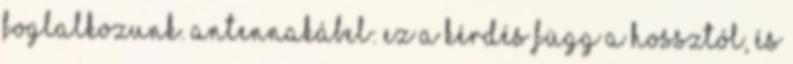
foglalkozunk. antennakábel: ez a kérdés függ a hossztól, és